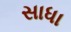
સાધા